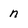
Character: n